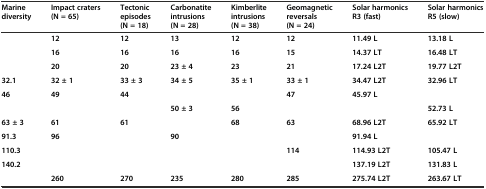
<table><thead><tr><td><b>Marine diversity</b></td><td><b>Impact craters (N = 65)</b></td><td><b>Tectonic episodes (N = 18)</b></td><td><b>Carbonatite intrusions (N = 28)</b></td><td><b>Kimberlite intrusions (N = 38)</b></td><td><b>Geomagnetic reversals (N = 24)</b></td><td><b>Solar harmonics R3 (fast)</b></td><td><b>Solar harmonics R5 (slow)</b></td></tr></thead><tbody><tr><td></td><td><b>12</b></td><td><b>12</b></td><td><b>13</b></td><td><b>12</b></td><td><b>12</b></td><td><b>11.49 L</b></td><td><b>13.18 L</b></td></tr><tr><td></td><td><b>16</b></td><td><b>16</b></td><td><b>16</b></td><td><b>16</b></td><td><b>15</b></td><td><b>14.37 LT</b></td><td><b>16.48 LT</b></td></tr><tr><td></td><td><b>20</b></td><td><b>20</b></td><td><b>23 ± 4</b></td><td><b>23</b></td><td><b>21</b></td><td><b>17.24 L2T</b></td><td><b>19.77 L2T</b></td></tr><tr><td><b>32.1</b></td><td><b>32 ± 1</b></td><td><b>33 ± 3</b></td><td><b>34 ± 5</b></td><td><b>35 ± 1</b></td><td><b>33 ± 1</b></td><td><b>34.47 L2T</b></td><td><b>32.96 LT</b></td></tr><tr><td><b>46</b></td><td><b>49</b></td><td><b>44</b></td><td></td><td></td><td><b>47</b></td><td><b>45.97 L</b></td><td></td></tr><tr><td></td><td></td><td></td><td><b>50 ± 3</b></td><td><b>56</b></td><td></td><td></td><td><b>52.73 L</b></td></tr><tr><td><b>63 ± 3</b></td><td><b>61</b></td><td><b>61</b></td><td></td><td><b>68</b></td><td><b>63</b></td><td><b>68.96 L2T</b></td><td><b>65.92 LT</b></td></tr><tr><td><b>91.3</b></td><td><b>96</b></td><td></td><td><b>90</b></td><td></td><td></td><td><b>91.94 L</b></td><td></td></tr><tr><td><b>110.3</b></td><td></td><td></td><td></td><td></td><td><b>114</b></td><td><b>114.93 L2T</b></td><td><b>105.47 L</b></td></tr><tr><td><b>140.2</b></td><td></td><td></td><td></td><td></td><td></td><td><b>137.19 L2T</b></td><td><b>131.83 L</b></td></tr><tr><td></td><td><b>260</b></td><td><b>270</b></td><td><b>235</b></td><td><b>280</b></td><td><b>285</b></td><td><b>275.74 L2T</b></td><td><b>263.67 LT</b></td></tr></tbody></table>